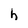
Character: h